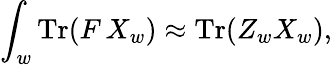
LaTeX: \int_{w}\mathrm{Tr}(F\, X_{w})\approx\mathrm{Tr}(Z_{w}X_{w}),